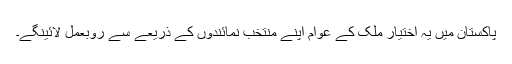
پاکستان میں یہ اختیار ملک کے عوام اپنے منتخب نمائندوں کے ذریعے سے روبعمل لائینگے۔